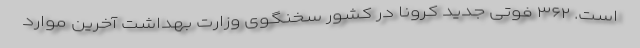
است. ۳۶۲ فوتی جدید کرونا در کشور سخنگوی وزارت بهداشت آخرین موارد